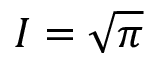
I = { \sqrt { \pi } }